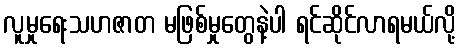
လူမှုရေးသဟဇာတ မဖြစ်မှုတွေနဲ့ပါ ရင်ဆိုင်လာရမယ်လို့